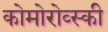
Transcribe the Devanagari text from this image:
कोमोरोव्स्की